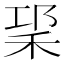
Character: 𥞱